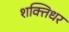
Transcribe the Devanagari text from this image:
शक्तिधर